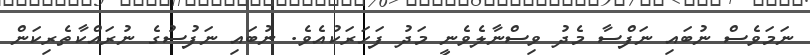
ނަމަވެސް ނުބައި ނަފްސާ މެދު ވިސްނާލެވެނީ މަދު ފަހަރަކުއެވެ. ނުބައި ނަފުސުގެ ނުރައްކާތެރިކަން